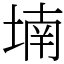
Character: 𡎜